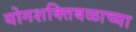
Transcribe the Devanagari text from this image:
योगशक्तिबळाच्या